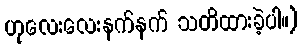
ဟုလေးလေးနက်နက် သတိထားခဲ့ပါ။)